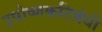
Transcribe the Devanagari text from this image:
उपोष्णकटिबंधी